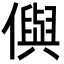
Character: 㒜